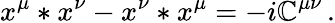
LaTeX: x^{\mu}*x^{\nu}-x^{\nu}*x^{\mu}=-i\mathbb{C}^{\mu\nu}\, .